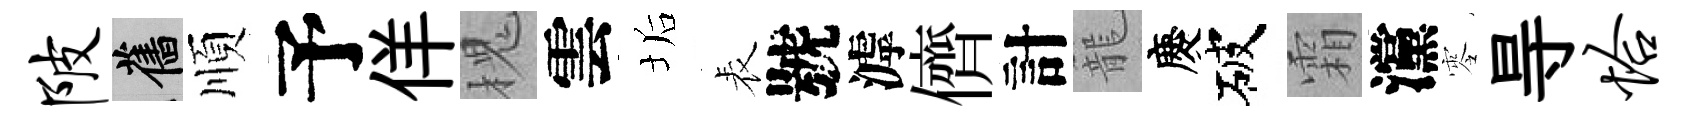
陂舊順予佯槐雲垢表號滹儕計籠慶破霜灙零㝵恰